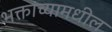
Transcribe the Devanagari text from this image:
भक्तांच्यामधील